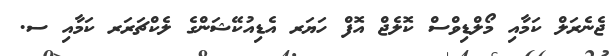
ޖެނެރަލް ކަމާއި މޯލްޑިވްސް ކޮލެޖް އޮފް ހަޔަރ އެޑިއުކޭޝަންގެ ލެކްޗަރަރ ކަމާއި ސ.